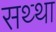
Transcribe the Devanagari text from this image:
सथ्था